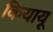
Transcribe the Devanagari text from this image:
कियायू